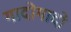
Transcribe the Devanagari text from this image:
गादोगादो